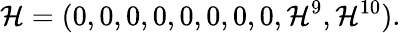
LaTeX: \mathcal{H}=(0,0,0,0,0,0,0,0,\mathcal{H}^{9},\mathcal{H}^{10}).